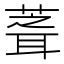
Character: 𮐘